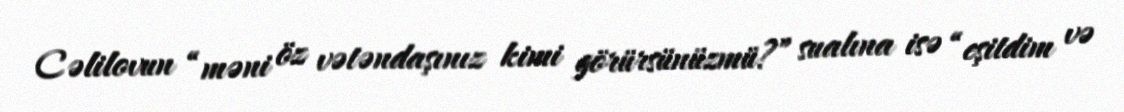
Cəlilovun “məni öz vətəndaşınız kimi görürsünüzmü?” sualına isə “eşitdim və